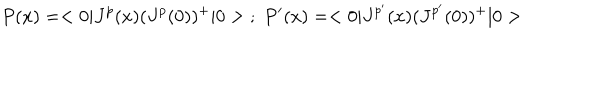
P ( x ) = < 0 | J ^ { p } ( x ) ( J ^ { p } ( 0 ) ) ^ { + } | 0 > \; ; \; P ^ { \prime } ( x ) = < 0 | J ^ { p ^ { \prime } } ( x ) ( J ^ { p ^ { \prime } } ( 0 ) ) ^ { + } | 0 >